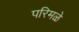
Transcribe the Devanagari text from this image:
परिमळे